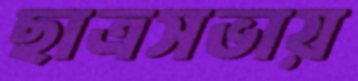
ছাত্রসভায়